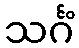
သင်္ဂံ